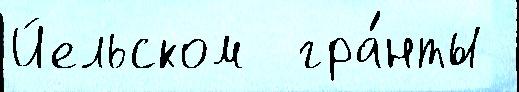
Йельском  гра́нты